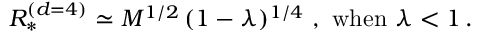
R _ { * } ^ { ( d = 4 ) } \simeq M ^ { 1 / 2 } \, ( 1 - \lambda ) ^ { 1 / 4 } \ , \ \mathrm { w h e n } \ \lambda < 1 \, .